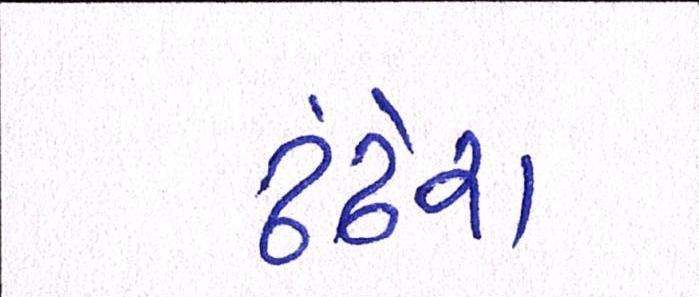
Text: ઢંઢેરા